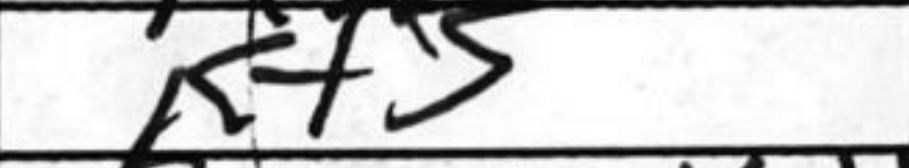
Transcription: Kf5